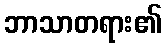
ဘာသာတရား၏